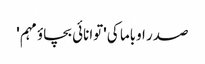
صدر اوباما کی 'توانائی بچاؤ مہم '